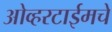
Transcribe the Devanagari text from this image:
ओव्हरटाईमचे